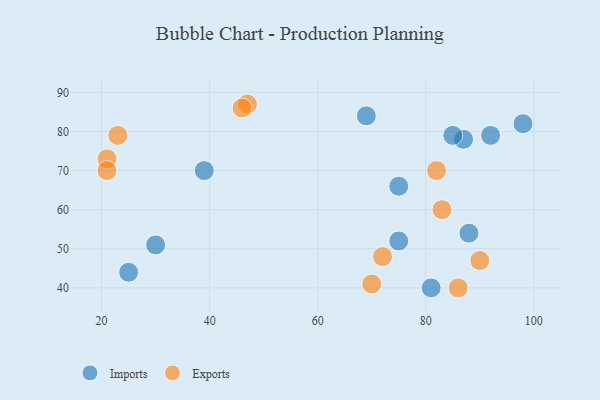
{"axis": {"x": "GDP", "y": "Life Expectancy"}, "legend": ["Exports", "Imports"], "data": [{"x": "81", "y": 40, "type": "Imports"}, {"x": "87", "y": 78, "type": "Imports"}, {"x": "25", "y": 44, "type": "Imports"}, {"x": "98", "y": 82, "type": "Imports"}, {"x": "85", "y": 79, "type": "Imports"}, {"x": "88", "y": 54, "type": "Imports"}, {"x": "39", "y": 70, "type": "Imports"}, {"x": "92", "y": 79, "type": "Imports"}, {"x": "69", "y": 84, "type": "Imports"}, {"x": "75", "y": 52, "type": "Imports"}, {"x": "30", "y": 51, "type": "Imports"}, {"x": "75", "y": 66, "type": "Imports"}, {"x": "21", "y": 73, "type": "Exports"}, {"x": "47", "y": 87, "type": "Exports"}, {"x": "21", "y": 70, "type": "Exports"}, {"x": "82", "y": 70, "type": "Exports"}, {"x": "83", "y": 60, "type": "Exports"}, {"x": "72", "y": 48, "type": "Exports"}, {"x": "86", "y": 40, "type": "Exports"}, {"x": "70", "y": 41, "type": "Exports"}, {"x": "46", "y": 86, "type": "Exports"}, {"x": "90", "y": 47, "type": "Exports"}, {"x": "23", "y": 79, "type": "Exports"}]}